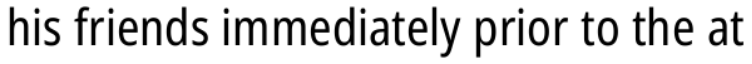
his friends immediately prior to the at